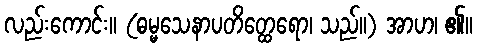
လည်းကောင်း။ (ဓမ္မသေနာပတိတ္ထေရော၊ သည်။) အာဟ၊ ၏။